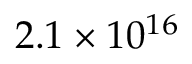
2 . 1 \times 1 0 ^ { 1 6 }